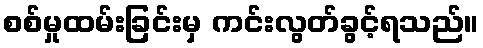
စစ်မှုထမ်းခြင်းမှ ကင်းလွတ်ခွင့်ရသည်။